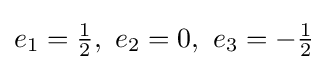
e_{1}={\tfrac {1}{2}},\ e_{2}=0,\ e_{3}=-{\tfrac {1}{2}}